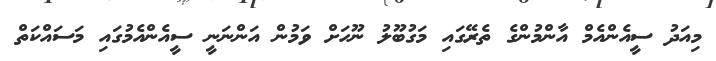
މިއަދު ސީއެންއެމް އާންމުންގެ ތެރޭގައި މަގުބޫލު ނޫހަށް ވަމުން އަންނަނީ ސީއެންއެމުގައި މަސައްކަތް